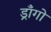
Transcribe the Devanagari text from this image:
ड्राँगो